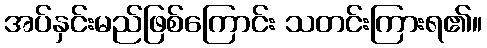
အပ်နှင်းမည်ဖြစ်ကြောင်း သတင်းကြားရ၏။